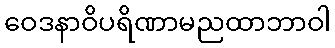
ဝေဒနာဝိပရိဏာမညထာဘာဝါ